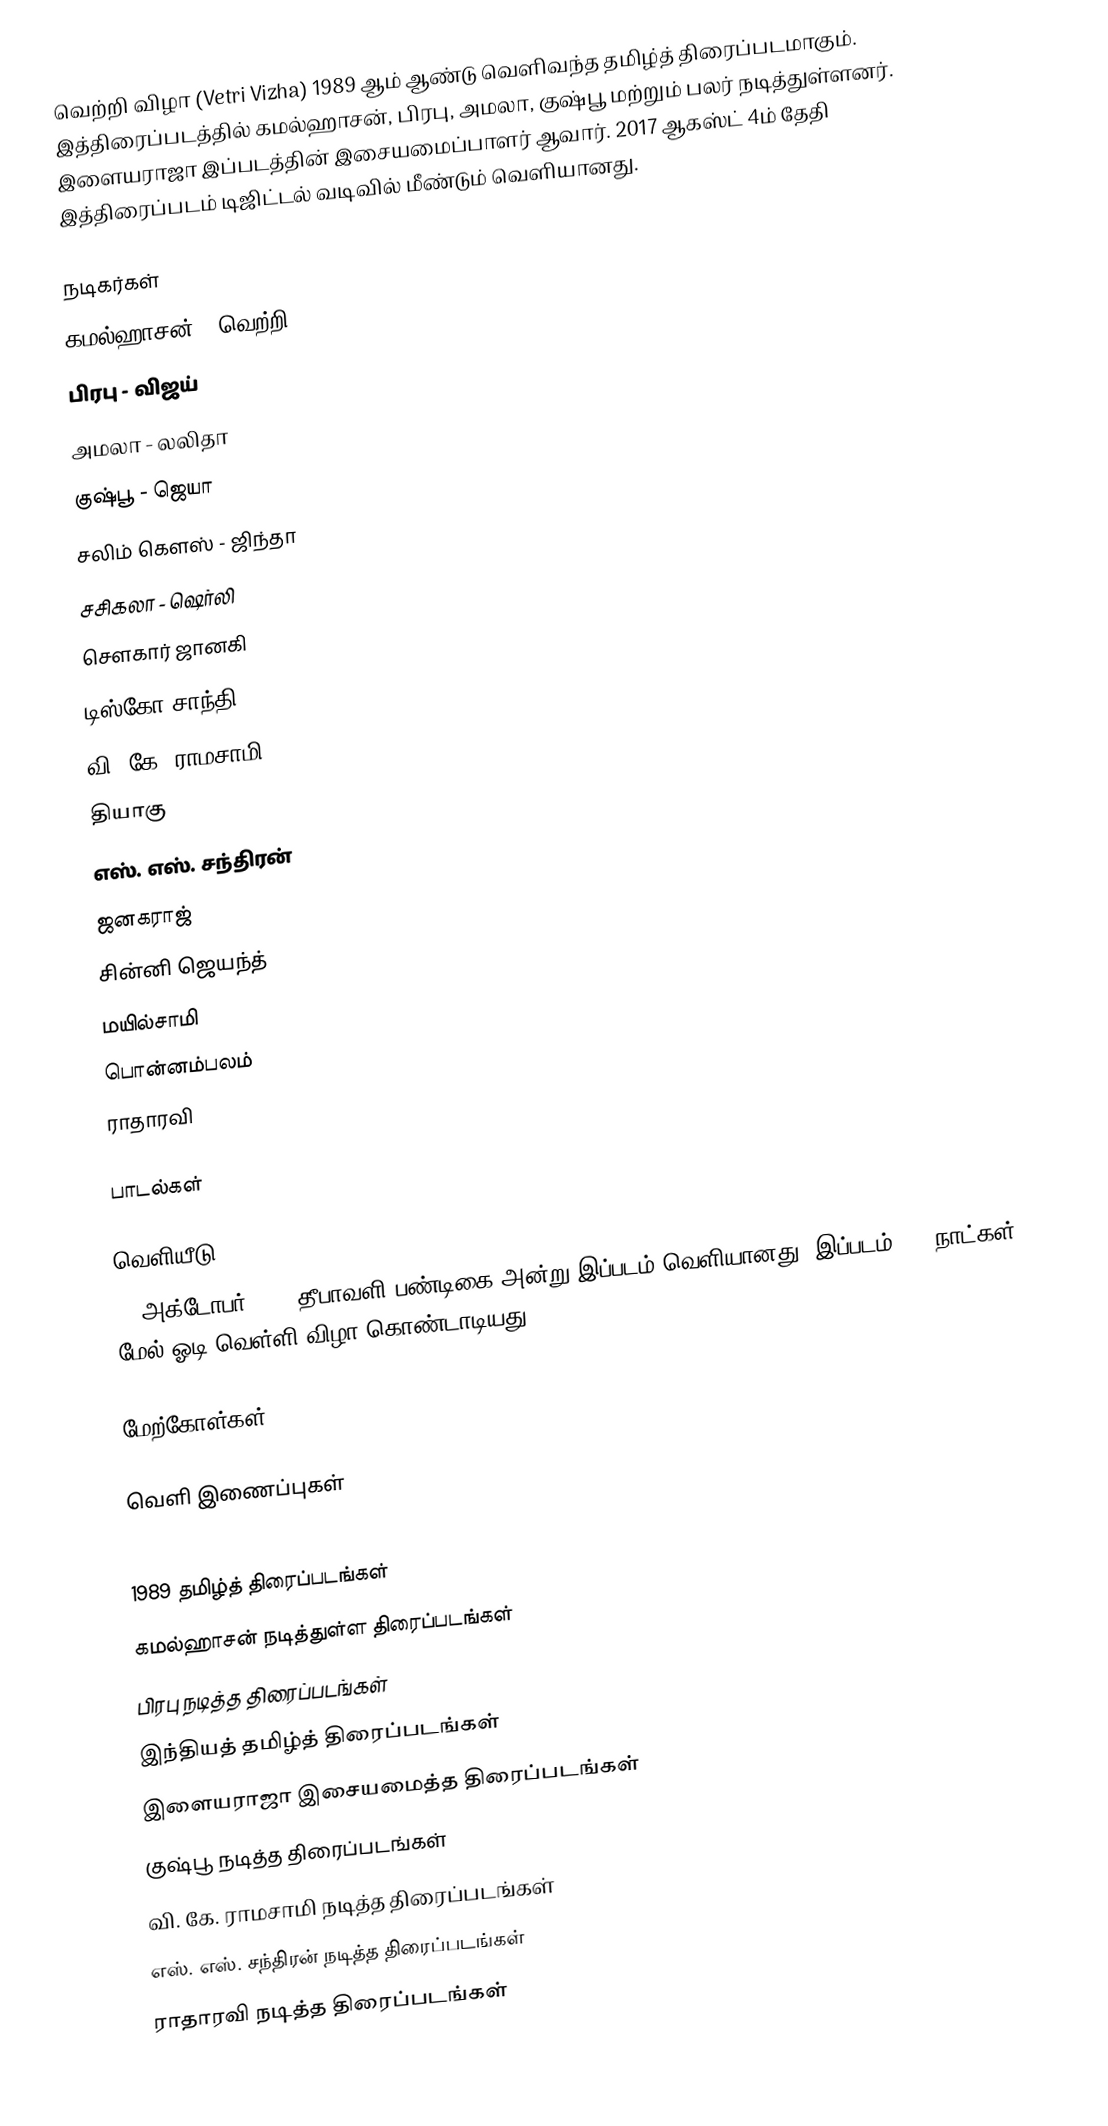
வெற்றி விழா (Vetri Vizha) 1989 ஆம் ஆண்டு வெளிவந்த தமிழ்த் திரைப்படமாகும். இத்திரைப்படத்தில் கமல்ஹாசன், பிரபு, அமலா, குஷ்பூ மற்றும் பலர் நடித்துள்ளனர். இளையராஜா இப்படத்தின் இசையமைப்பாளர் ஆவார். 2017 ஆகஸ்ட் 4ம் தேதி இத்திரைப்படம் டிஜிட்டல் வடிவில் மீண்டும் வெளியானது.

நடிகர்கள்
 கமல்ஹாசன் - வெற்றி
 பிரபு - விஜய்
 அமலா - லலிதா
 குஷ்பூ - ஜெயா
 சலிம் கெளஸ் - ஜிந்தா
 சசிகலா - ஷெர்லி
 சௌகார் ஜானகி
 டிஸ்கோ சாந்தி
 வி. கே. ராமசாமி
 தியாகு
 எஸ். எஸ். சந்திரன்
 ஜனகராஜ்
 சின்னி ஜெயந்த்
 மயில்சாமி
 பொன்னம்பலம்
 ராதாரவி

பாடல்கள்

வெளியீடு
28 அக்டோபர் 1989 தீபாவளி பண்டிகை அன்று இப்படம் வெளியானது. இப்படம் 175 நாட்கள் மேல் ஓடி வெள்ளி விழா கொண்டாடியது.

மேற்கோள்கள்

வெளி இணைப்புகள்

1989 தமிழ்த் திரைப்படங்கள்
கமல்ஹாசன் நடித்துள்ள திரைப்படங்கள்
பிரபு நடித்த திரைப்படங்கள்
இந்தியத் தமிழ்த் திரைப்படங்கள்
இளையராஜா இசையமைத்த திரைப்படங்கள்
குஷ்பூ நடித்த திரைப்படங்கள்
வி. கே. ராமசாமி நடித்த திரைப்படங்கள்
எஸ். எஸ். சந்திரன் நடித்த திரைப்படங்கள்
ராதாரவி நடித்த திரைப்படங்கள்